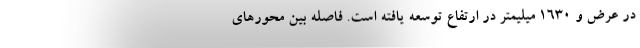
در عرض و 1630 میلیمتر در ارتفاع توسعه یافته است. فاصله بین محورهای